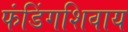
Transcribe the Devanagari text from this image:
फंडिंगशिवाय